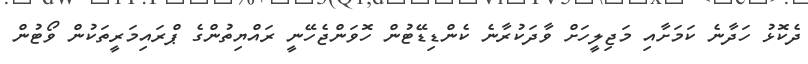
ދެކޮޅު ހަދާނެ ކަމަށާއި މަޖިލީހަށް ވާދަކުރާނެ ކެންޑިޑޭޓުން ހޮވަންޖެހޭނީ ރައްޔިތުންގެ ޕްރައިމަރީތަކުން ވޯޓުން